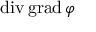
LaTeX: \operatorname { d i v } \operatorname { g r a d } \varphi